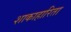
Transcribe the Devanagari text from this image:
शाकाहारिता